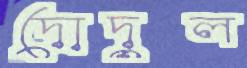
দোদুল